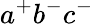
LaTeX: a^{+}b^{-}c^{-}